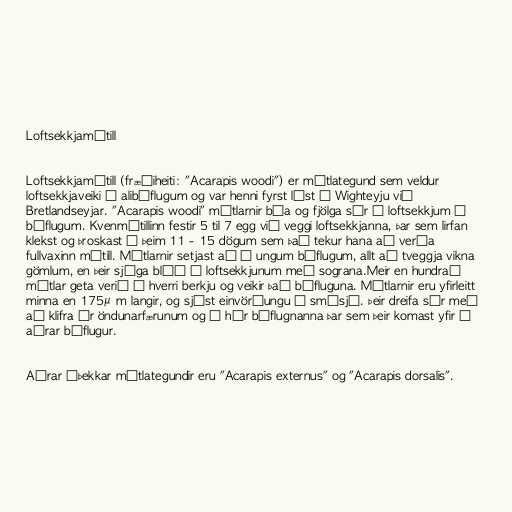
Loftsekkjamítill

Loftsekkjamítill (fræðiheiti: "Acarapis woodi") er mítlategund sem veldur
loftsekkjaveiki í alibýflugum og var henni fyrst lýst á Wighteyju við
Bretlandseyjar. "Acarapis woodi" mítlarnir búa og fjölga sér í loftsekkjum í
býflugum. Kvenmítillinn festir 5 til 7 egg við veggi loftsekkjanna, þar sem lirfan
klekst og þroskast á þeim 11 - 15 dögum sem það tekur hana að verða
fullvaxinn mítill. Mítlarnir setjast að í ungum býflugum, allt að tveggja vikna
gömlum, en þeir sjúga blóð í loftsekkjunum með sograna.Meir en hundrað
mítlar geta verið í hverri berkju og veikir það býfluguna. Mítlarnir eru yfirleitt
minna en 175μm langir, og sjást einvörðungu í smásjá. Þeir dreifa sér með
að klifra úr öndunarfærunum og á hár býflugnanna þar sem þeir komast yfir á
aðrar býflugur.

Aðrar áþekkar mítlategundir eru "Acarapis externus" og "Acarapis dorsalis".